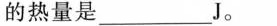
的热量是___J。